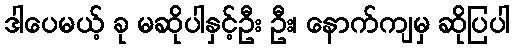
ဒါပေမယ့် ခု မဆိုပါနှင့်ဦး ဦး၊ နောက်ကျမှ ဆိုပြပါ